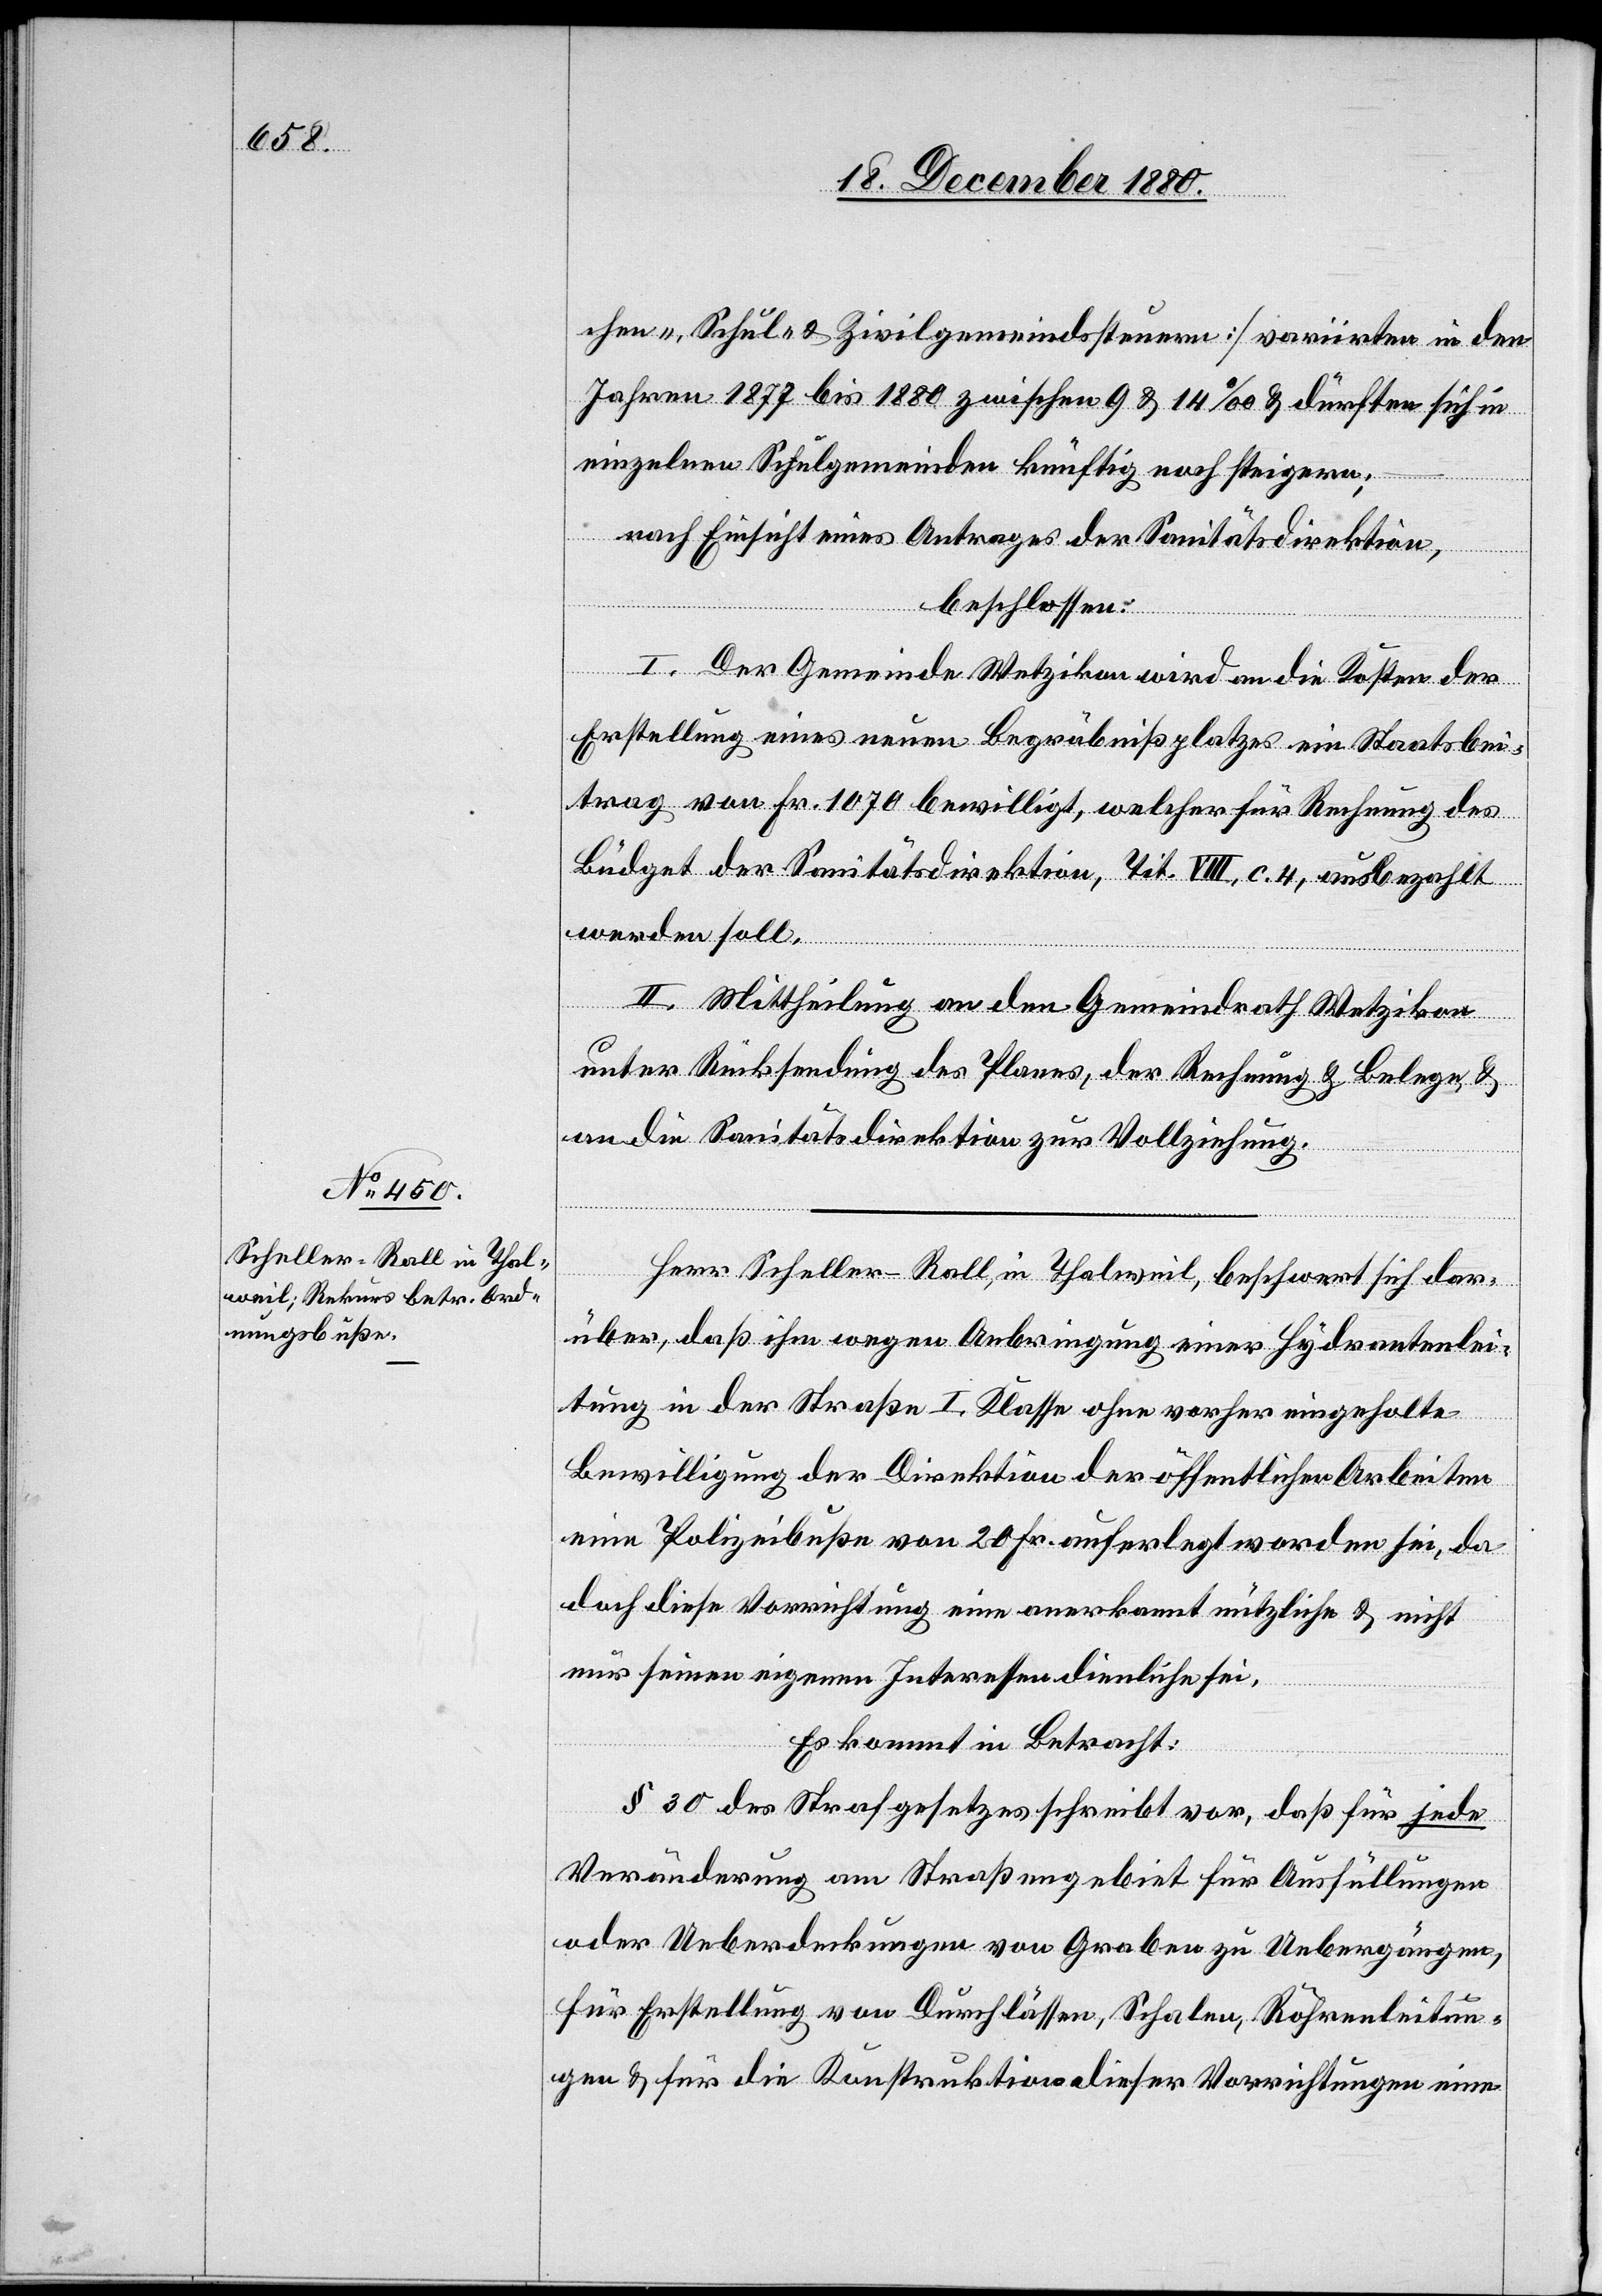
chen-, Schul- & Zivilgemeindssteuern] variirten in den
Jahren 1877 bis 1880 zwischen 9 & 14‰ & dürften sich in
einzelnen Schulgemeinden künftig noch steigern;
nach Einsicht eines Antrages der Sanitätsdirektion,
beschlossen:
I. Der Gemeinde Wetzikon wird an die Kosten der
Erstellung eines neuen Begräbnißplatzes ein Staatsbei¬
trag von Fr. 1070 bewilligt, welcher für Rechnung des
Büdget der Sanitätsdirektion, Tit. VIII, c. 4, ausbezahlt
werden soll.
II. Mittheilung an den Gemeindrath Wetzikon
unter Rücksendung des Planes, der Rechnung & Belege &
an die Sanitätsdirektion zur Vollziehung.
Herr Scheller-Rall, in Thalweil, beschwert sich dar¬
über, daß ihm wegen Anbringung einer Hydrantenlei¬
tung in der Straße I. Klasse ohne vorher eingeholte
Bewilligung der Direktion der öffentlichen Arbeiten
eine Polizeibuße von 20 Fr. auferlegt worden sei, da
doch diese Vorrichtung eine anerkannt nützliche & nicht
nur seinen eigenen Interessen dienliche sei.
Es kommt in Betracht:
§ 30 des Strafgesetzes schreibt vor, daß für jede
Veränderung am Straßengebiet für Ausfüllungen
oder Ueberdeckungen von Graben zu Uebergängen,
für Erstellung von Durchlässen, Schalen, Röhrenleitun¬
gen & für die Konstruktion dieser Vorrichtungen eine